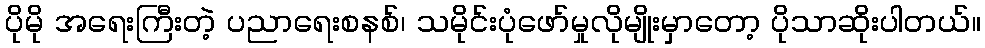
ပိုမို အရေးကြီးတဲ့ ပညာရေးစနစ်၊ သမိုင်းပုံဖော်မှုလိုမျိုးမှာတော့ ပိုသာဆိုးပါတယ်။